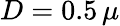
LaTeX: D=0.5\, \mu